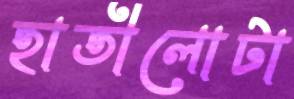
হাতীলোটা